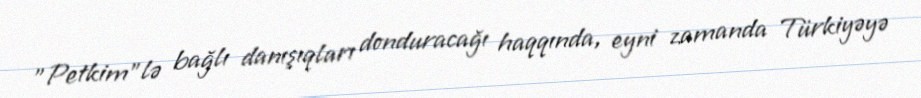
”Petkim"lə bağlı danışıqları donduracağı haqqında, eyni zamanda Türkiyəyə